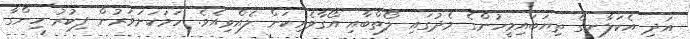
އަދި އެކަލާނގެ ތިޔަބައިމީހުންގެ މެދުގައި ލޯތްބާއި އޯގާވެރިކަން ލެއްވިއެވެ. ހަމަކަށަވަރުން ފިކުރު ހިންގާ